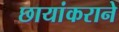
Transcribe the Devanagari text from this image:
छायांकराने